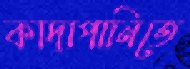
কাদাপানিতে